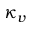
\kappa _ { v }